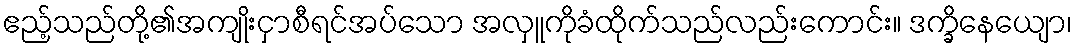
ဧည့်သည်တို့၏အကျိုးငှာစီရင်အပ်သော အလှူကိုခံထိုက်သည်လည်းကောင်း။ ဒက္ခိနေယျော၊